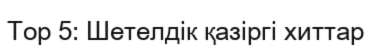
Top 5: Шетелдік қазіргі хиттар